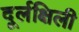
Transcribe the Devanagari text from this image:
दूर्लक्षिली